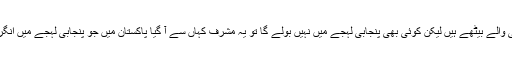
یہاں سارے دلی والے بیٹھے ہیں لیکن کوئی بھی پنجابی لہجے میں نہیں بولے گا تو یہ مشرف کہاں سے آ گیا پاکستان میں جو پنجابی لہجے میں انگریزی بولتا ہے۔